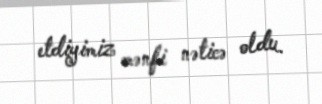
etdiyimiz mənfi nəticə oldu.